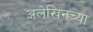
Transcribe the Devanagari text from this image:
अलेखिनच्या